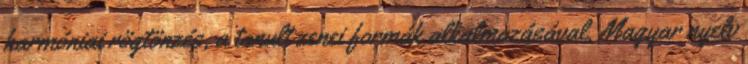
harmóniai rögtönzés, a tanult zenei formák alkalmazásával. Magyar nyelv